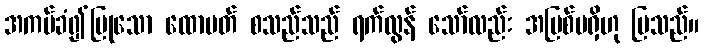
အကပ်ခံ၍ပြုသော ထောပတ် စသည်သည် ရက်လွန် သော်လည်း အပြစ်မရှိဟု ပြသည်။